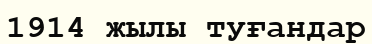
1914 жылы туғандар